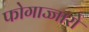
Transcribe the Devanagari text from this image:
फोगाज्जारो